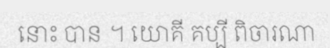
នោះ បាន ។ យោគី គប្បី ពិចារណា